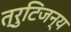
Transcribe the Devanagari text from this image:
त्रुटिजन्य